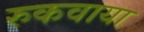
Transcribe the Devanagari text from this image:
रुकवाया